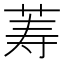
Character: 䓓